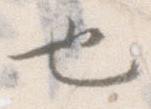
也